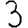
Digit: 3